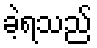
ခဲ့ရသည်